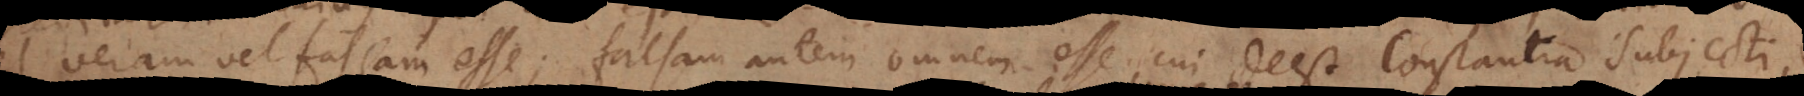
veram vel falsam esse; falsam autem omnem esse cui deest Constantia Subjecti,